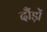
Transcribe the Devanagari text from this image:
दौंड़ों